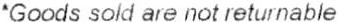
*GOODS SOLD ARE NOT RETURNABLE